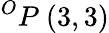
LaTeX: ^{O}P\ (3,3)